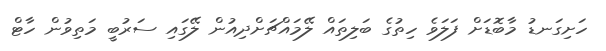
ހަށިގަނޑު މާބޮޑަށް ފަލަވެ ހިތުގެ ބަލިތައް ލޭމައްޗަށްދިއުން ލޭގައި ސަރުބީ މަތިވުން ހާޓް